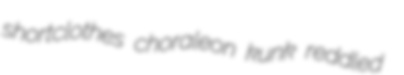
shortclothes choraleon kunk reddled